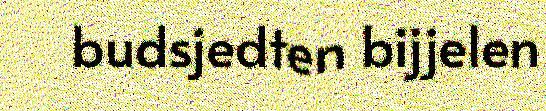
budsjedten bijjelen